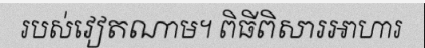
របស់វៀតណាម។ ពិធីពិសារអាហារ